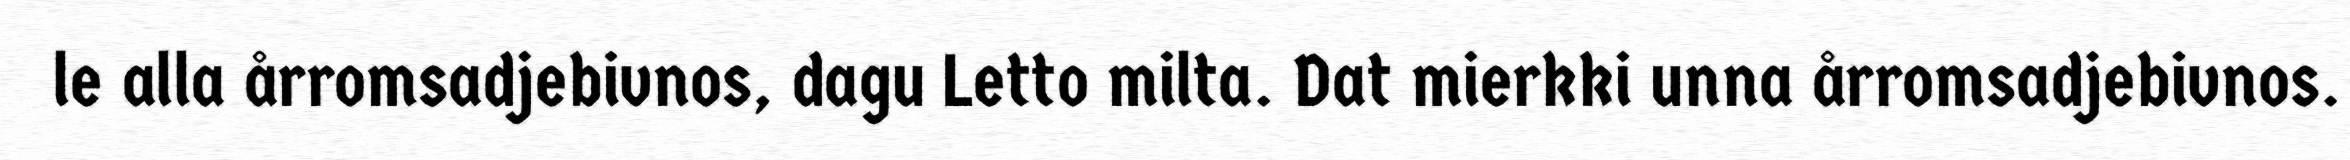
le alla årromsadjebivnos, dagu Letto milta. Dat mierkki unna årromsadjebivnos.